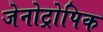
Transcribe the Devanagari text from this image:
जेनोट्रोपिक